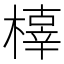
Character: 橭